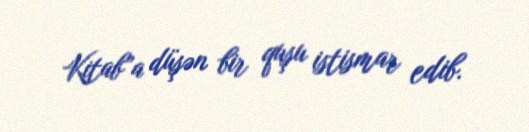
Kitab”a düşən bir quşu istismar edib.